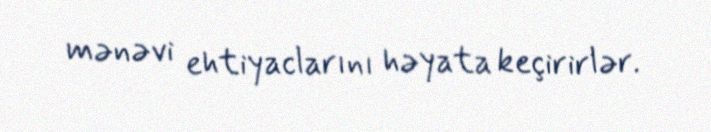
mənəvi ehtiyaclarını həyata keçirirlər.